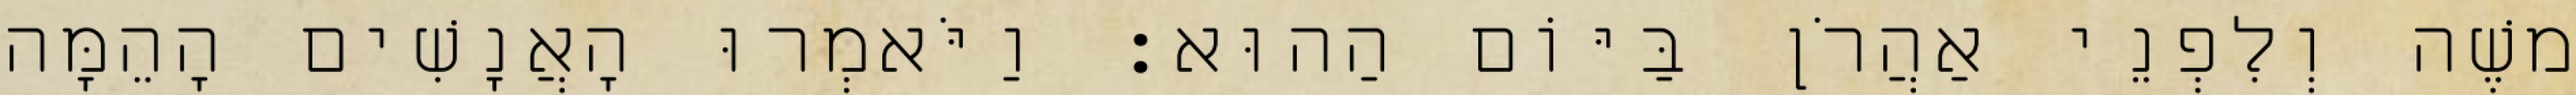
משֶׁה וְלִפְנֵי אַהֲרֹן בַּיּוֹם הַהוּא׃ וַיֹּאמְרוּ הָאֲנָשִׁים הָהֵמָּה